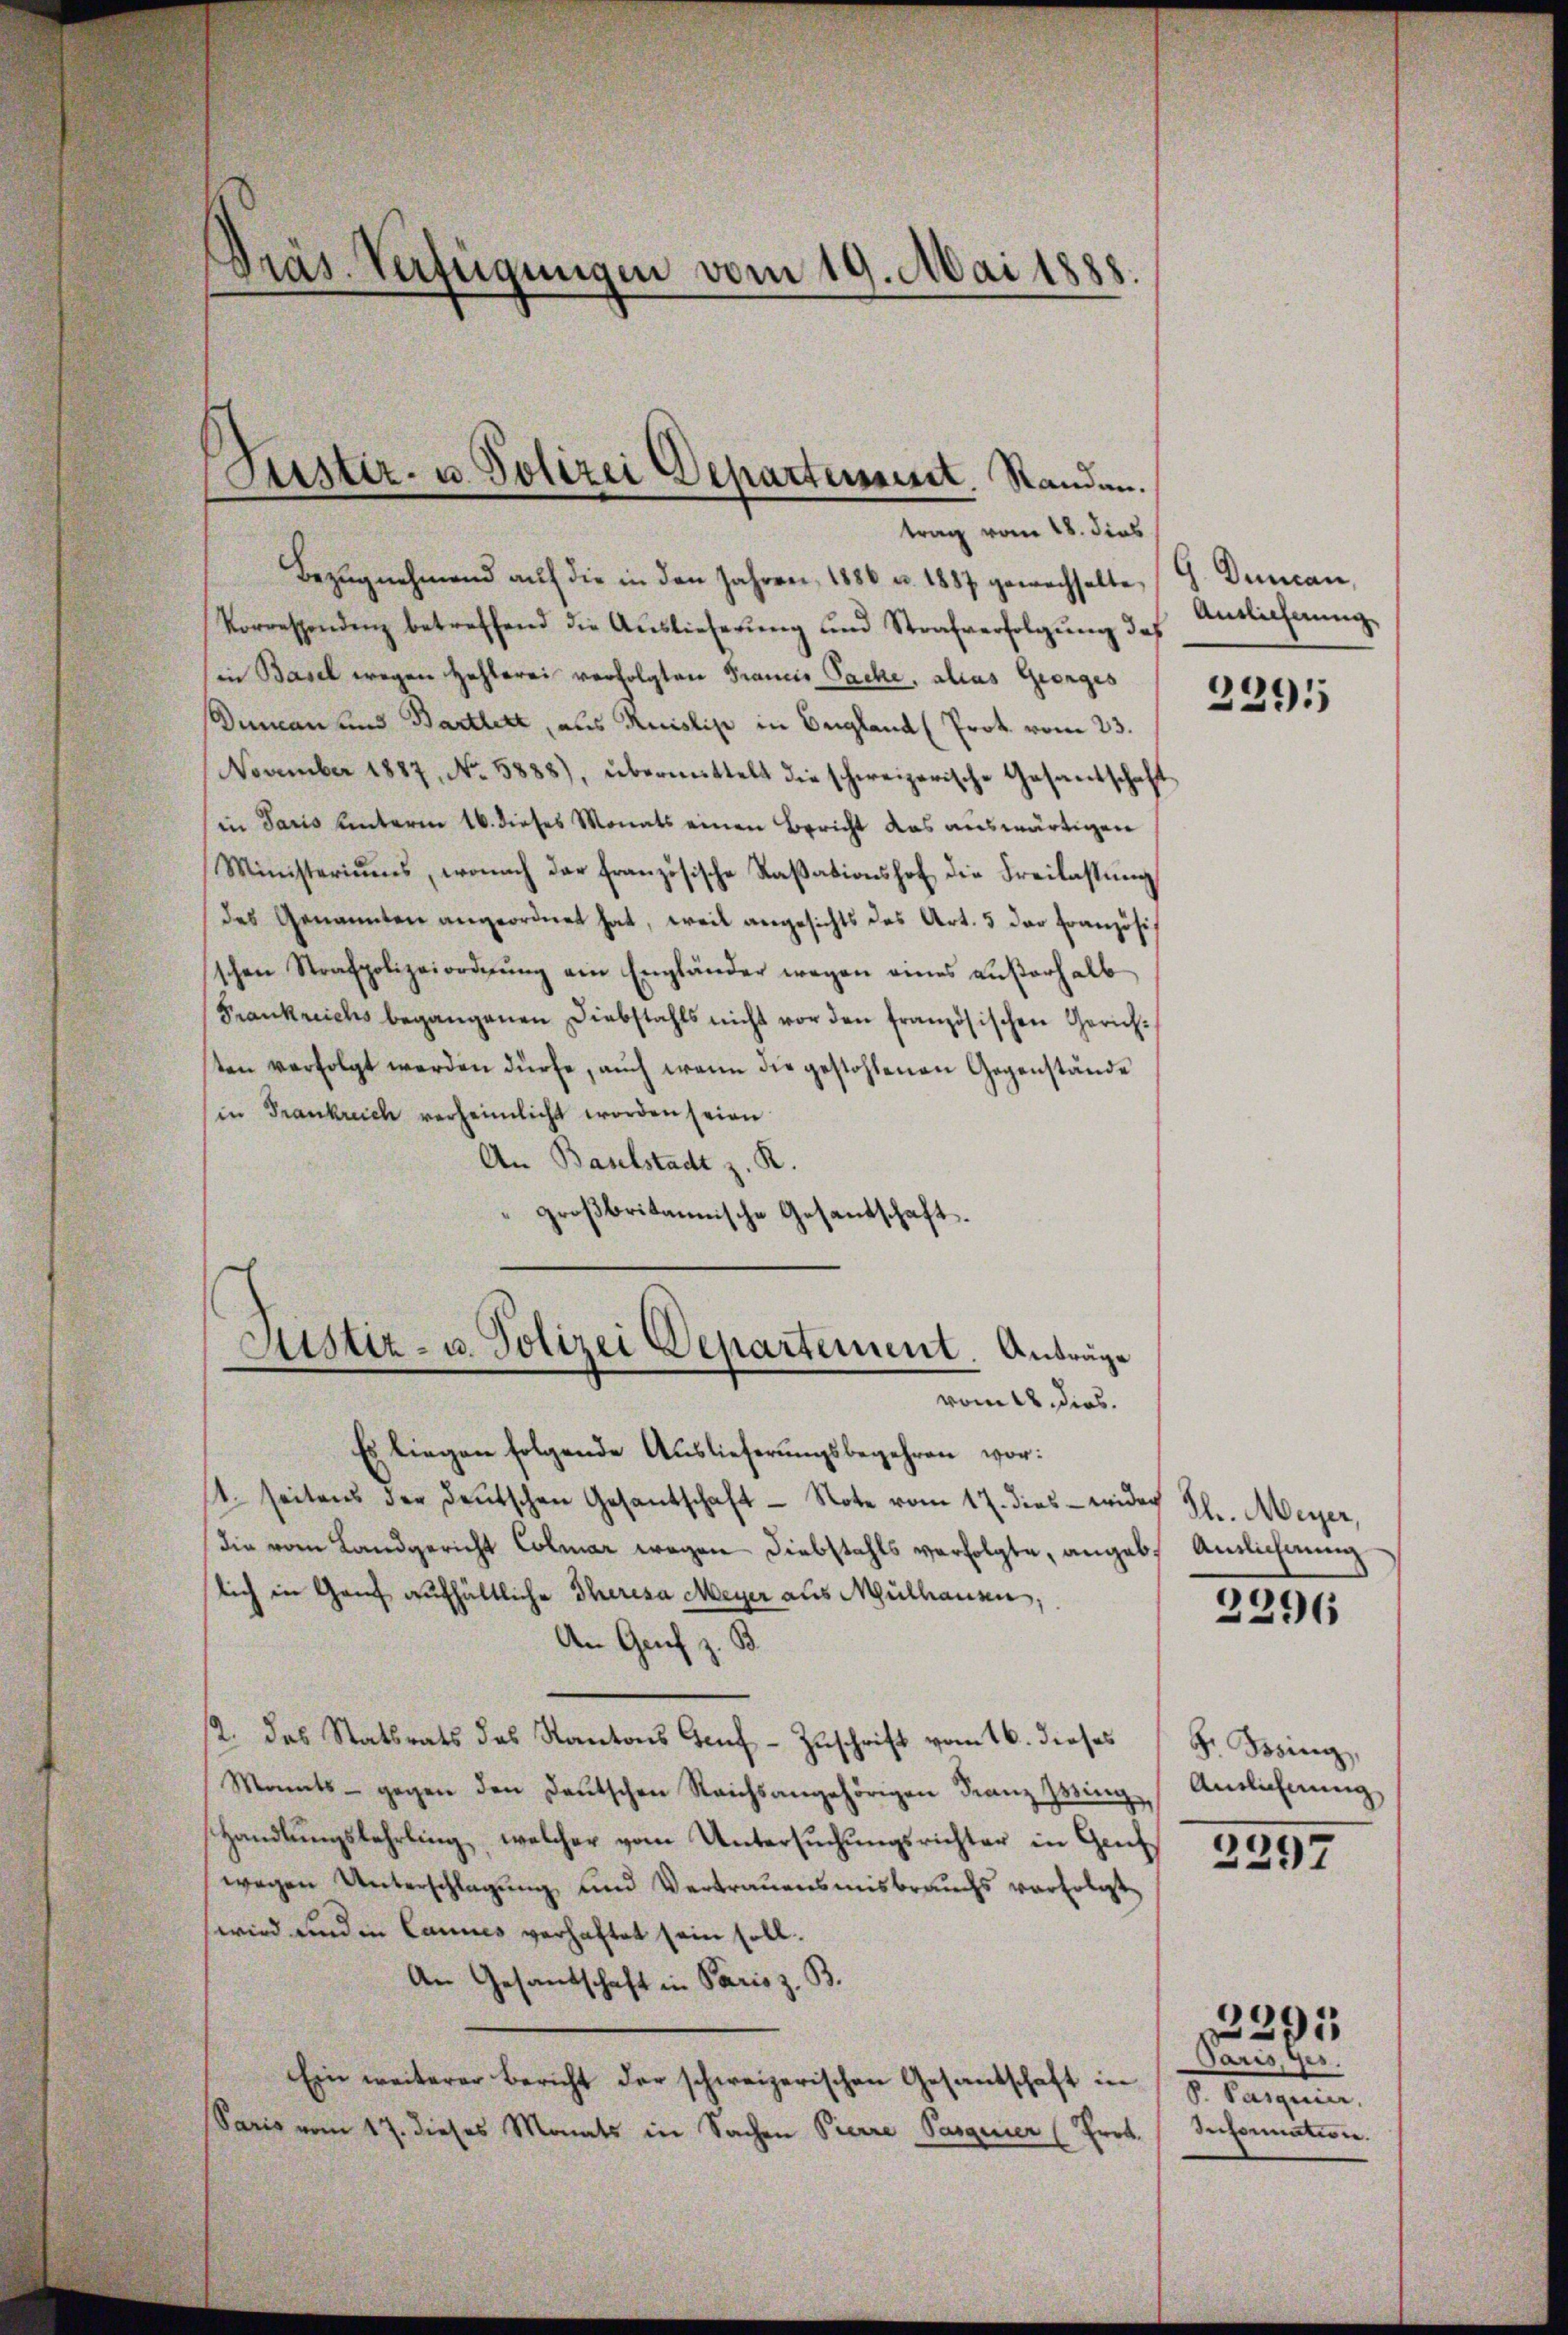
Präs. Verfügungen vom 19. Mai 1885.

Bezŭgnehmend aŭf die in den Jahren, 1886 u. 1887 gewechselte,
Vorrespendenz betreffend die Aŭslieferŭng und Strafverfolgŭng des
(in Basel wegen Hehlerei verfolgten Francis Sache, alias Georges
Dumcan und Bartlett, aus Ruislist in England (Prok. vom 23.
November 1887, No. 5888), übermittelt die schweizerische Gesantschaft
in Paris unterm 16. dieses Monats einen Bericht das auswärtigen
Ministeriums, wonach der französische Raβationshof die Freilastung
des Genannten angeordnet hat, weil angesichts das Art. 5 der Französis
schen Strafpolizeiordnŭng ein Engländer wegen eines aŭβerhalb
Frankreichs begangenen Diebstahls nicht vor den französischen Gerichten verfolgt werden dürfe, auch wenn die gestohlenen Gegenstände
in Frankreich verheimlicht worden seien.
Un Baulstadt z. R.
großbritannische Gesandtschaft.
Justiz- u. Polizei Departement. Anträge
vom 12. dies.
Es liegen folgende Auslieferungsbegehren vor:
1. seitens der deutschen Gesantschaft - Note vom 17. dies wider Fr. Meyer,
Die vom Landgericht Colmar wegen Diebstahls verfolgte, angeb. Auslichnung
lich in Genf aufhältliche Theresa Meyer aus Mülhausen,
An Genf z. B.
2. das Statsrats des Kantons Gruf-Zuschrift vom 16. dieses
Mamts - gegen den Deutschen Reichsangehörigen Franz zwing Antlichnung
Handlŭngslehrling, welcher vom Untersŭchŭngsrichter in Genf
wegen Unterschlagung und Vertrauensmisbrauchs verfolgt
wird und in Cannes verhaftet sein soll.
An Gesandschaft in Paris z. B.
Ein weiterer Bericht der schweizerischen Gesandschaft in
Paris vom 17. dieses Monats in Sachen Pierre Pasquier (Erot.

Justiz- u. Polizei Departement. Standen.
trag vom 18. dies

G. Duncan,
Antlicherung

2391

2296

F. Bing,

2397

Paris, Ges.
S. Pasquier
Information.

2295